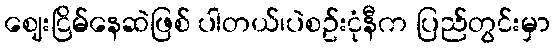
ဈေးငြိမ်နေဆဲဖြစ် ပါတယ်၊ပဲစဥ်းငုံနီက ပြည်တွင်းမှာ